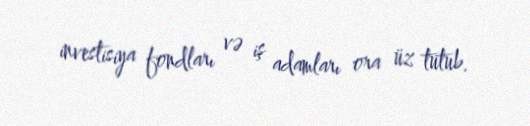
investisiya fondları və iş adamları ora üz tutub.